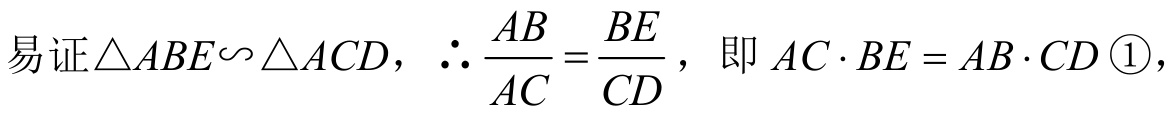
易证$\triangle ABE\backsim\triangle ACD$，$\therefore \dfrac{AB}{AC}=\dfrac{BE}{CD}$，即$AC\cdot BE = AB\cdot CD$ \textcircled{1}，